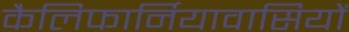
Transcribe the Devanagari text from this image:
कैलिफार्नियावासियों